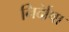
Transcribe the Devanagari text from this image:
निर्देाषा